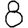
Digit: 8